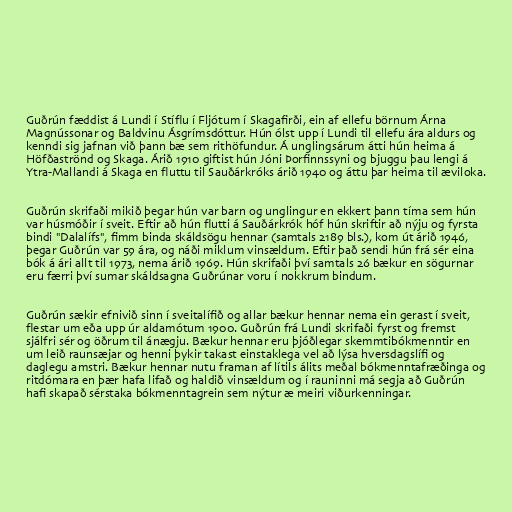
Guðrún fæddist á Lundi í Stíflu í Fljótum í Skagafirði, ein af ellefu börnum Árna
Magnússonar og Baldvinu Ásgrímsdóttur. Hún ólst upp í Lundi til ellefu ára aldurs og
kenndi sig jafnan við þann bæ sem rithöfundur. Á unglingsárum átti hún heima á
Höfðaströnd og Skaga. Árið 1910 giftist hún Jóni Þorfinnssyni og bjuggu þau lengi á
Ytra-Mallandi á Skaga en fluttu til Sauðárkróks árið 1940 og áttu þar heima til æviloka.

Guðrún skrifaði mikið þegar hún var barn og unglingur en ekkert þann tíma sem hún
var húsmóðir í sveit. Eftir að hún flutti á Sauðárkrók hóf hún skriftir að nýju og fyrsta
bindi "Dalalífs", fimm binda skáldsögu hennar (samtals 2189 bls.), kom út árið 1946,
þegar Guðrún var 59 ára, og náði miklum vinsældum. Eftir það sendi hún frá sér eina
bók á ári allt til 1973, nema árið 1969. Hún skrifaði því samtals 26 bækur en sögurnar
eru færri því sumar skáldsagna Guðrúnar voru í nokkrum bindum.

Guðrún sækir efnivið sinn í sveitalífið og allar bækur hennar nema ein gerast í sveit,
flestar um eða upp úr aldamótum 1900. Guðrún frá Lundi skrifaði fyrst og fremst
sjálfri sér og öðrum til ánægju. Bækur hennar eru þjóðlegar skemmtibókmenntir en
um leið raunsæjar og henni þykir takast einstaklega vel að lýsa hversdagslífi og
daglegu amstri. Bækur hennar nutu framan af lítils álits meðal bókmenntafræðinga og
ritdómara en þær hafa lifað og haldið vinsældum og í rauninni má segja að Guðrún
hafi skapað sérstaka bókmenntagrein sem nýtur æ meiri viðurkenningar.